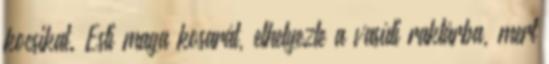
kocsikat. Esti maga kosarát, elhelyezte a vasúti raktárba, mert